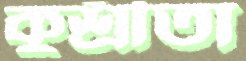
কুশ্রীতা